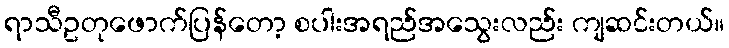
ရာသီဥတုဖောက်ပြန်တော့ စပါးအရည်အသွေးလည်း ကျဆင်းတယ်။